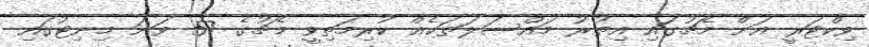
ވިކްޓަރީ އަށް މެޗުގައި އިތުރު މައްސަލަތަކެއް ކުރިމަތިވީ މެޗުގެ 57 ވަނަ މިނިޓުގައި